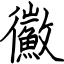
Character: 鰴